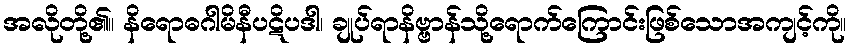
အလိုတို့၏။ နိရောဓဂါမိနီပဋိပဒါ၊ ချုပ်ရာနိဗ္ဗာန်သို့ရောက်ကြောင်းဖြစ်သောအကျင့်ကို။